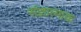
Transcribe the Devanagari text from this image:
संज्ञात्माक